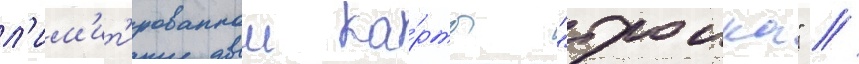
л'им'ит'ированнои ка́рты "троика" //